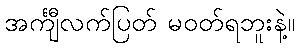
အင်္ကျီလက်ပြတ် မဝတ်ရဘူးနဲ့။